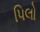
પિલો